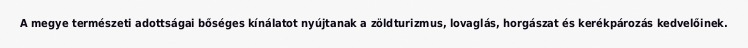
A megye természeti adottságai bőséges kínálatot nyújtanak a zöldturizmus, lovaglás, horgászat és kerékpározás kedvelőinek.